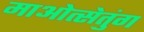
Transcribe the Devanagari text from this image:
माओत्सेतुंग